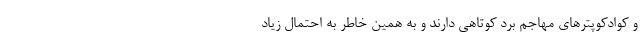
و کوادکوپترهای مهاجم بُرد کوتاهی دارند و به همین خاطر به احتمال زیاد